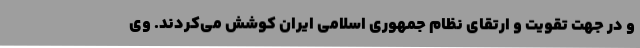
و در جهت تقویت و ارتقای نظام جمهوری اسلامی ایران کوشش می‌کردند. وی